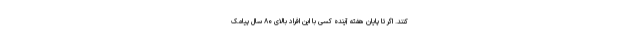
کنند. اگر تا پایان هفته آینده کسی با این افراد بالای ۸۰ سال پیامک